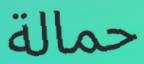
حمالة